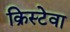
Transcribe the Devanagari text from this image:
क्रिस्टेवा